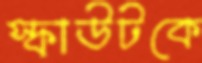
স্কাউটকে